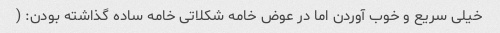
خیلی سریع و خوب آوردن اما در عوض خامه شکلاتی خامه ساده گذاشته بودن: (